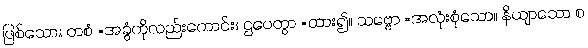
ဖြစ်သော။ တစံ =အခွံကိုလည်းကောင်း။ ဌပေတွာ =ထား၍။ သဗ္ဗော =အလုံးစုံသော။ နိယျာသော စ